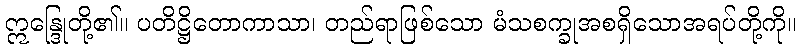
ဣန္ဒြေုတို့၏။ ပတိဋ္ဌိတောကာသာ၊ တည်ရာဖြစ်သော မံသစက္ခုအစရှိသောအရပ်တို့ကို။